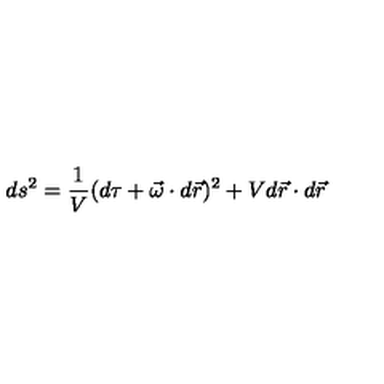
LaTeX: d s ^ { 2 } = \frac { 1 } { V } ( d \tau + \vec { \omega } \cdot d \vec { r } ) ^ { 2 } + V d \vec { r } \cdot d \vec { r }